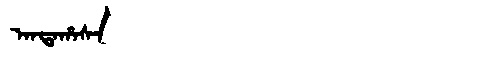
Manchu: ᠠᠨᡨᠠᡥᠠᠰᠠ
Romanization: ANTAHASA